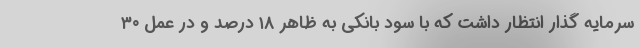
سرمایه گذار انتظار داشت که با سود بانکی به ظاهر ۱۸ درصد و در عمل ۳۰